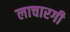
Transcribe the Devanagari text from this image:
लाचारगी